Cholera in southern India
Disease focus: Cholera
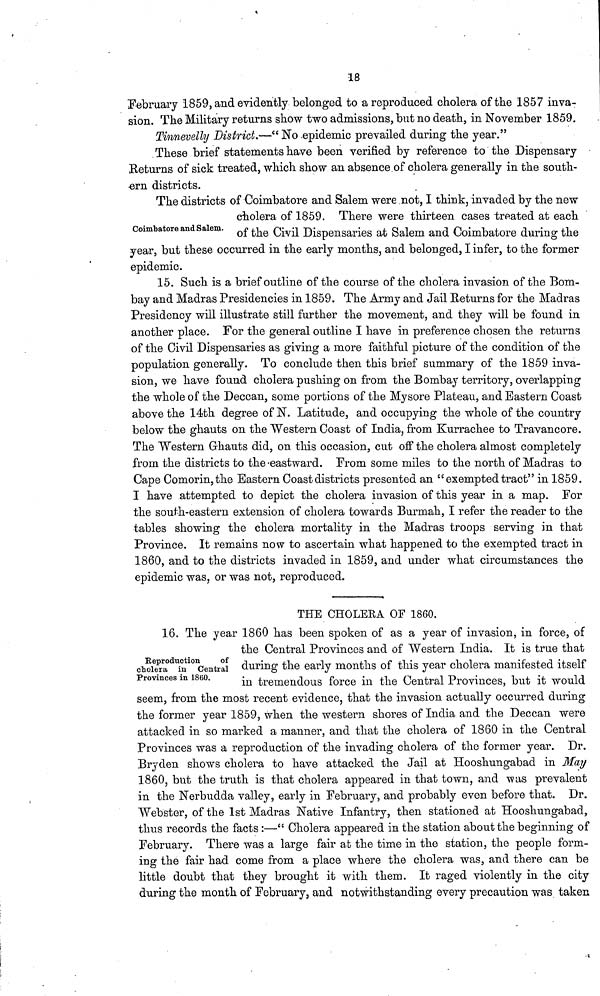
18
February 1859, and evidently belonged to a reproduced cholera of the 1857 inva-
sion. The Military returns show two admissions, but no death, in November 1859.
Tinnevelly District.—" No epidemic prevailed during the year."
These brief statements have been verified by reference to the Dispensary
Returns of sick treated, which show an absence of cholera generally in the south-
ern districts.
Coimbatore and Salem.
The districts of Coimbatore and Salem were not, I think, invaded by the new
cholera 01 1859. There were thirteen cases treated at each
of the Civil Dispensaries at Salem and Coimbatore during the
year, but these occurred in the early months, and belonged, I infer, to the former
epidemic.
15. Such is a brief outline of the course of the cholera invasion of the Bom-
bay and Madras Presidencies in 1859. The Army and Jail Returns for the Madras
Presidency will illustrate still further the movement, and they will be found in
another place. For the general outline I have in preference chosen the returns
of the Civil Dispensaries as giving a more faithful picture of the condition of the
population generally. To conclude then this brief summary of the 1859 inva-
sion, we have found cholera pushing on from the Bombay territory, overlapping
the whole of the Deccan, some portions of the Mysore Plateau, and Eastern Coast
above the 14th degree of N. Latitude, and occupying the whole of the country
below the ghauts on the Western Coast of India, from Kurrachee to Travancore.
The "Western Ghauts did, on this occasion, cut off the cholera almost completely
from the districts to the-eastward. From some miles to the north of Madras to
Cape Comorin,the Eastern Coast districts presented an "exempted tract" in 1859.
I have attempted to depict the cholera invasion of this year in a map. For
the south-eastern extension of cholera towards Burmah, I refer the reader to the
tables showing the cholera mortality in the Madras troops serving in that
Province. It remains now to ascertain what happened to the exempted tract in
1860, and to the districts invaded in 1859, and under what circumstances the
epidemic was, or was not, reproduced.
THE CHOLERA OF 1860.
Reproduction
of
cholera in Central
Provinces in 1860.
16. The year 1860 has been spoken of as a year of invasion, in force, of
the Central Provinces and of "Western India. It is true that
during the early months of this year cholera manifested itself
in tremendous force in the Central Provinces, but it would
seem, from the most recent evidence, that the invasion actually occurred during
the former year 1859, when the western shores of India and the Deccan were
attacked in so marked a manner, and that the cholera of 1860 in the Central
Provinces was a reproduction of the invading cholera of the former year. Dr.
Bryden shows cholera to have attacked the Jail at Hooshungabad in May
1860, but the truth is that cholera appeared in that town, and was prevalent
in the Nerbudda valley, early in February, and probably even before that. Dr.
Webster, of the 1st Madras Native Infantry, then stationed at Hooshungabad,
thus records the facts:—" Cholera appeared in the station about the beginning of
February. There was a large fair at the time in the station, the people form-
ing the fair had come from a place where the cholera was, and there can be
little doubt that they brought it with them. It raged violently in the city
during the month of February, and notwithstanding every precaution was taken